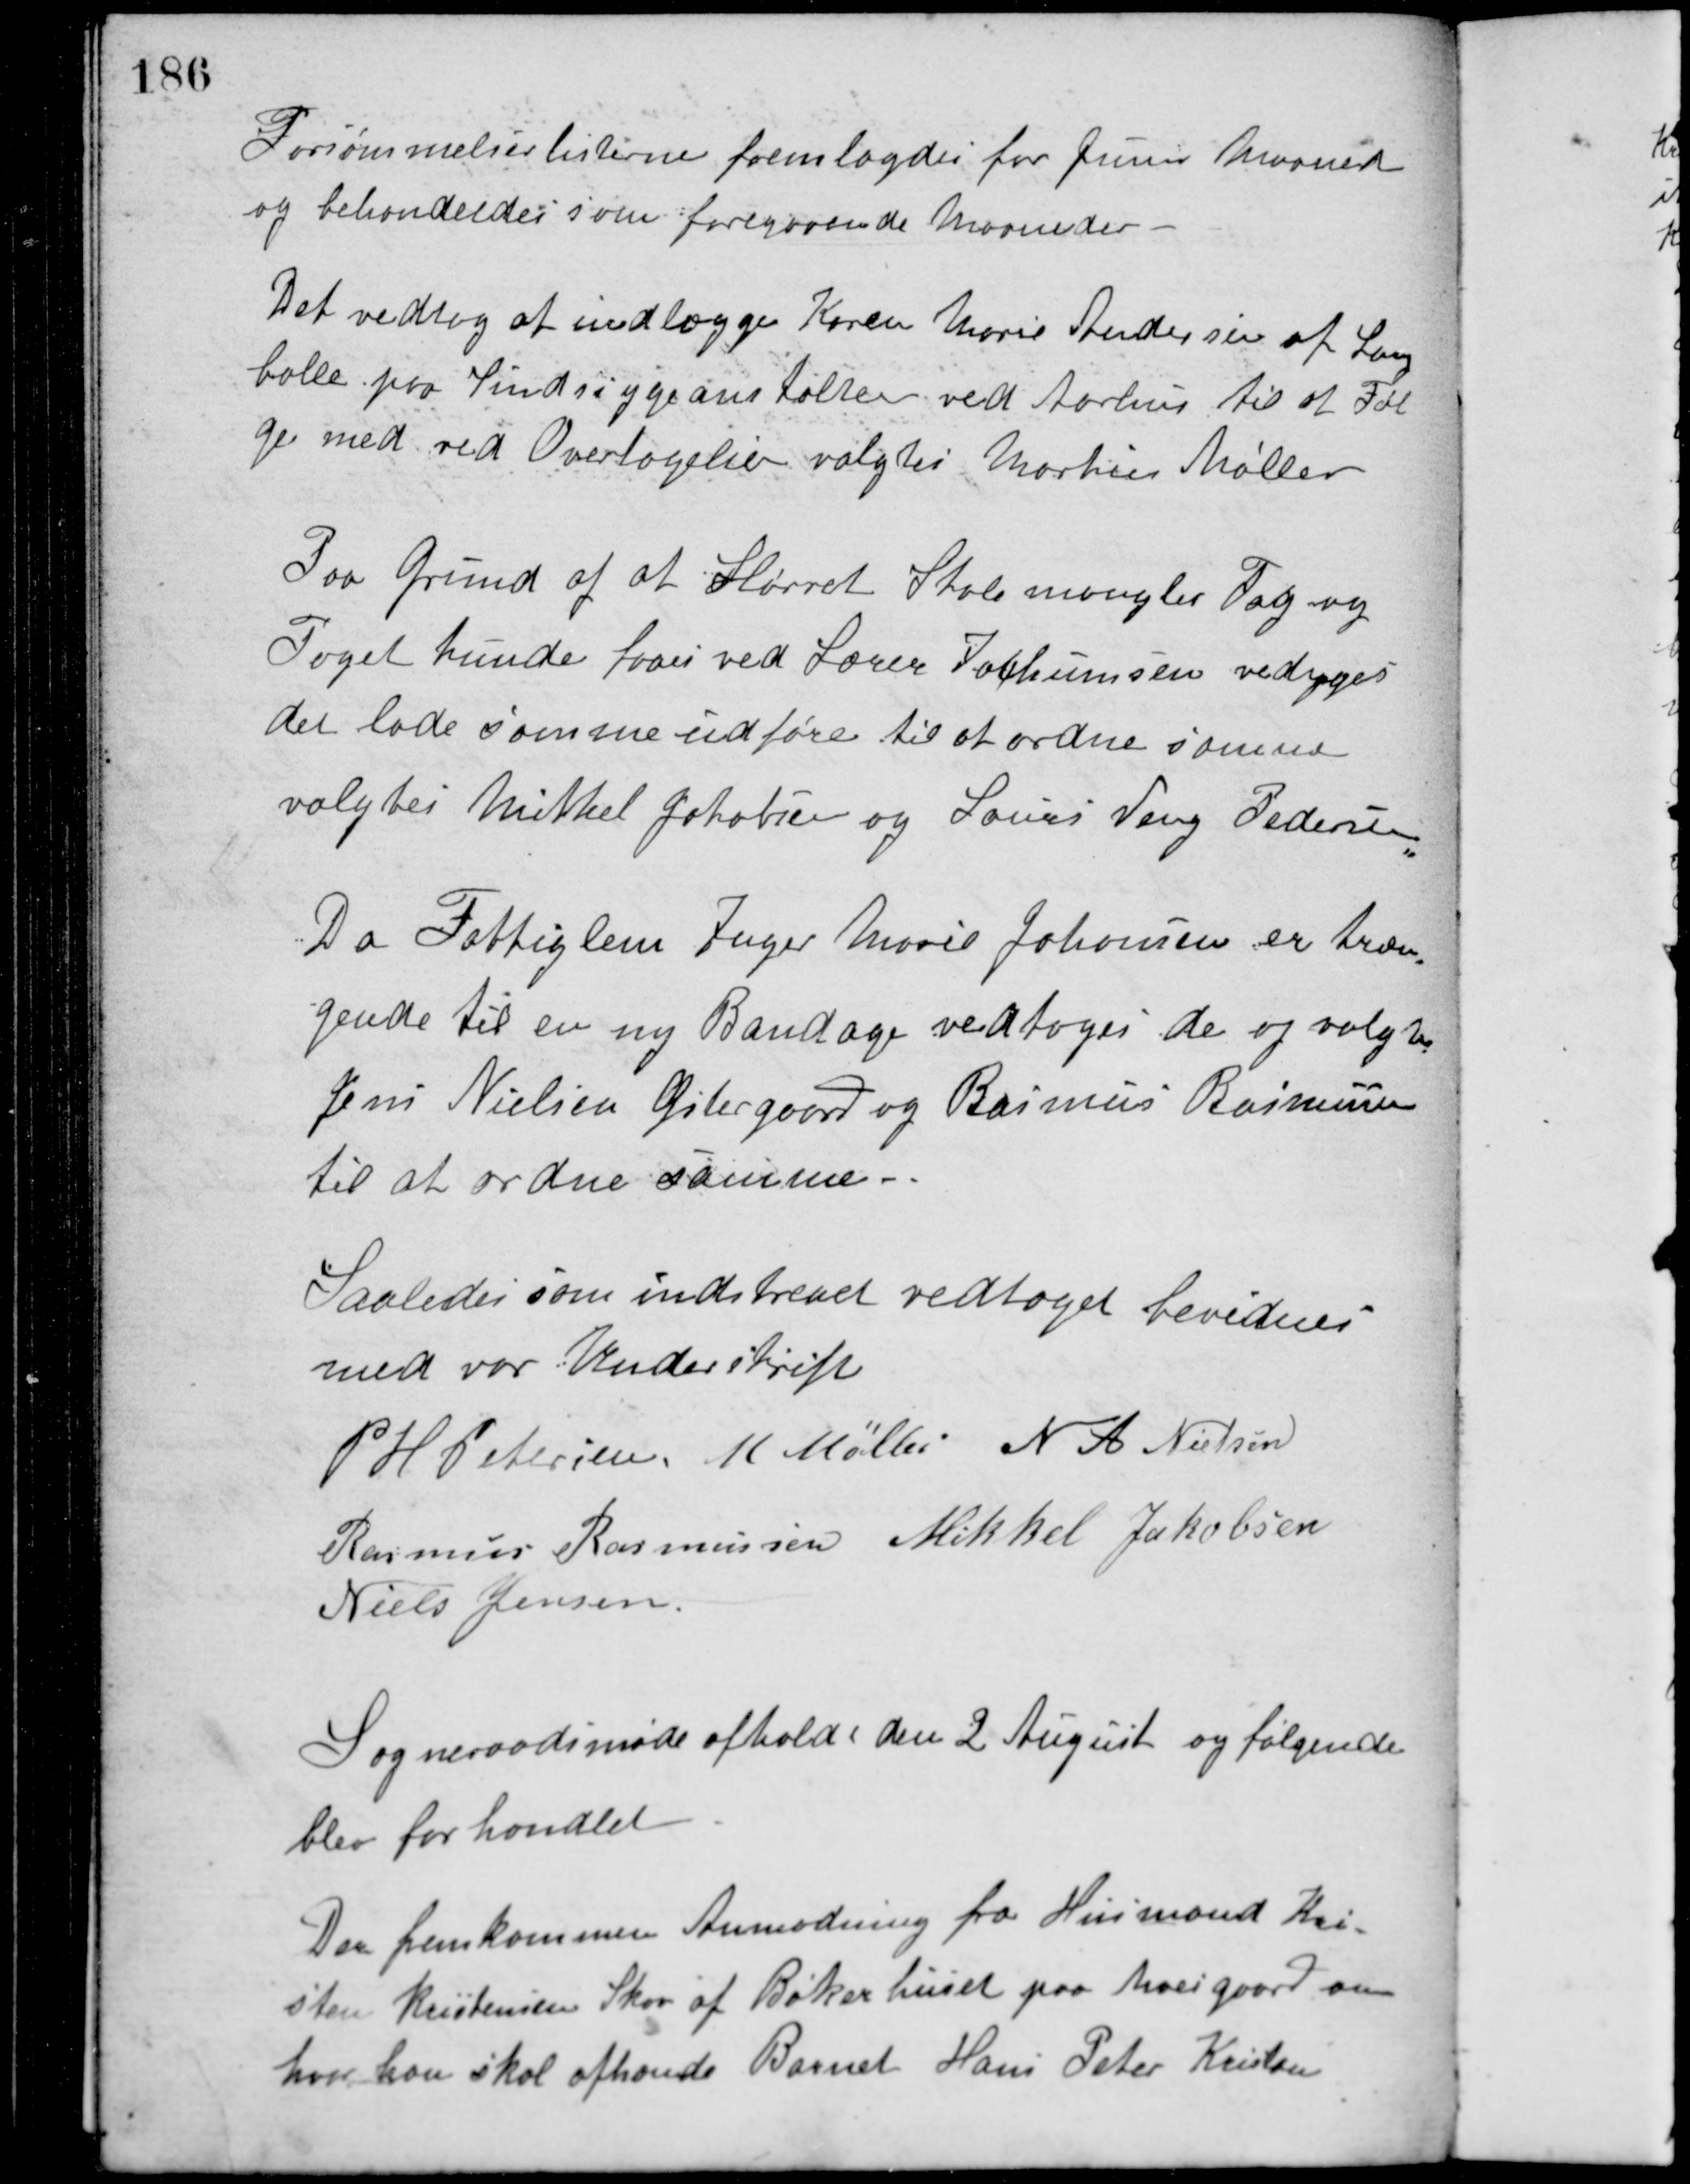
Transskription:
Forsømmelseslisterne fremlagdes for Juni Maaned
og behandledes som foregaaende Maaneder.
Det vedtog at indlægge Karen Marie Andersen af Lang-
balle paa Sindssygeanstalten ved Aarhus til at Føl-
ge med ved Overtagelsen valgtes Markus Møller.
Paa Grund af at Hørret Skole mangler Tag og
Taget kunde faaes ved Lærer Jochumsen vedtoges
det lade samme udføre til at ordne samme
valgtes Mikkel Jakobsen og Laurs Veng Pedersen.
Da Fattiglem Inger Marie Johansen er træn-
gende til en ny Bandage vedtoges de og valgtes
Jens Nielsen Østergaard og Rasmus Rasmussen
til at ordne samme.
Saaledes som indskrevet vedtaget bevidnes
med vor Underskrift.
P. H. Petersen M. Møller N. A. Nielsen
Rasmus Rasmussen Mikkel Jakobsen
Niels Jensen
Sogneraadsmøde afholdt den 2 August og følgende
blev forhandlet.
Der fremkommen Anmodning fra Husmand Kri-
sten Kristensen Skov af Bøkerhuset paa Moesgaard om
hvor han skal afhænde Barnet Hans Peter Kristen